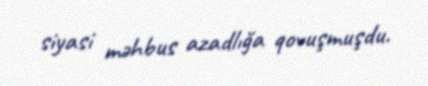
siyasi məhbus azadlığa qovuşmuşdu.